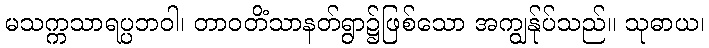
မသက္ကသာရပ္ပဘဝါ၊ တာဝတိံသာနတ်ရွာ၌ဖြစ်သော အကျွန်ုပ်သည်။ သုဓာယ၊